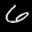
Label: 6